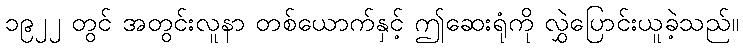
၁၉၂၂ တွင် အတွင်းလူနာ တစ်ယောက်နှင့် ဤဆေးရုံကို လွှဲပြောင်းယူခဲ့သည်။